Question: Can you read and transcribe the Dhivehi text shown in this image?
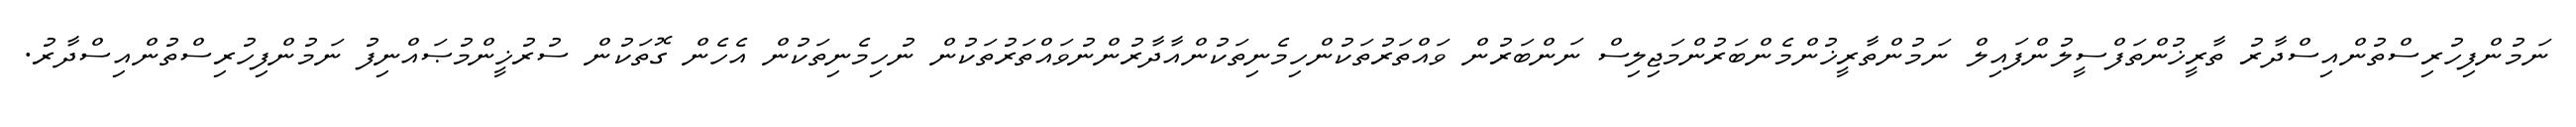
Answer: ނަމުންފިހުރިސްތުންއިސްދާރު ތާރީޚުންތަފްސީލުންފައިލް ނަމުންތާރީޚުންމެންބަރުންމަޖިލިސް ނަންބަރުން ވައްތަރުތަކުންހިމެނިތަކުންއާދާރުންނުވައްތަރުތަކުން ނުހިމެނިތަކުން އެހެން ގޮތަކުން ސުރުޚީންމުޞައްނިފު ނަމުންފިހުރިސްތުންއިސްދާރު.